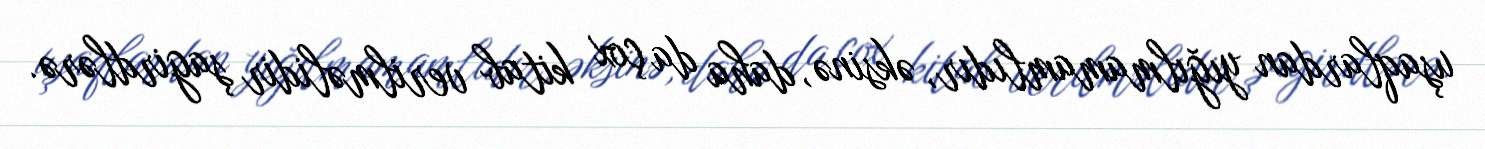
uşaqlardan yığılmamamlıdır, əksinə, daha da çox kitab verilməlidir şagirdlərə.